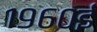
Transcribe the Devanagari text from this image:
१९६०ई